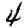
Digit: 4